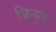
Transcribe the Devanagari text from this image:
फ्रियूड